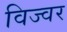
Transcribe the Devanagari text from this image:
विज्वर